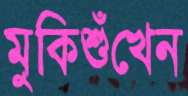
মুকিশুঁখেন